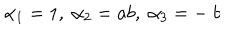
\alpha _ { 1 } = 1 , \; \alpha _ { 2 } = a b , \; \alpha _ { 3 } = - \; b